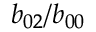
b _ { 0 2 } / b _ { 0 0 }